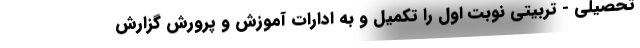
تحصیلی - تربیتی نوبت اول را تکمیل و به ادارات آموزش و پرورش گزارش